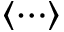
\langle \cdots \rangle